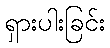
ရှားပါးခြင်း